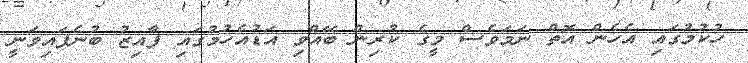
ހުކުމުގައި އެހެން އޮތް ނަމަވެސް މީގެ ކުރިން ބޭއްވި އަޑުއެހުމުގައި ފާއިޒު ބުނެފައިވަނީ